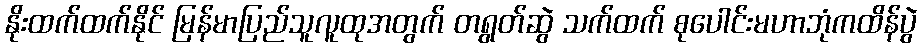
နိုးထက်ထက်နိုင် မြန်မာပြည်သူလူထုအတွက် တရွတ်ဆွဲ သက်ထက် စုပေါင်းမဟာဘုံကထိန်ပွဲ